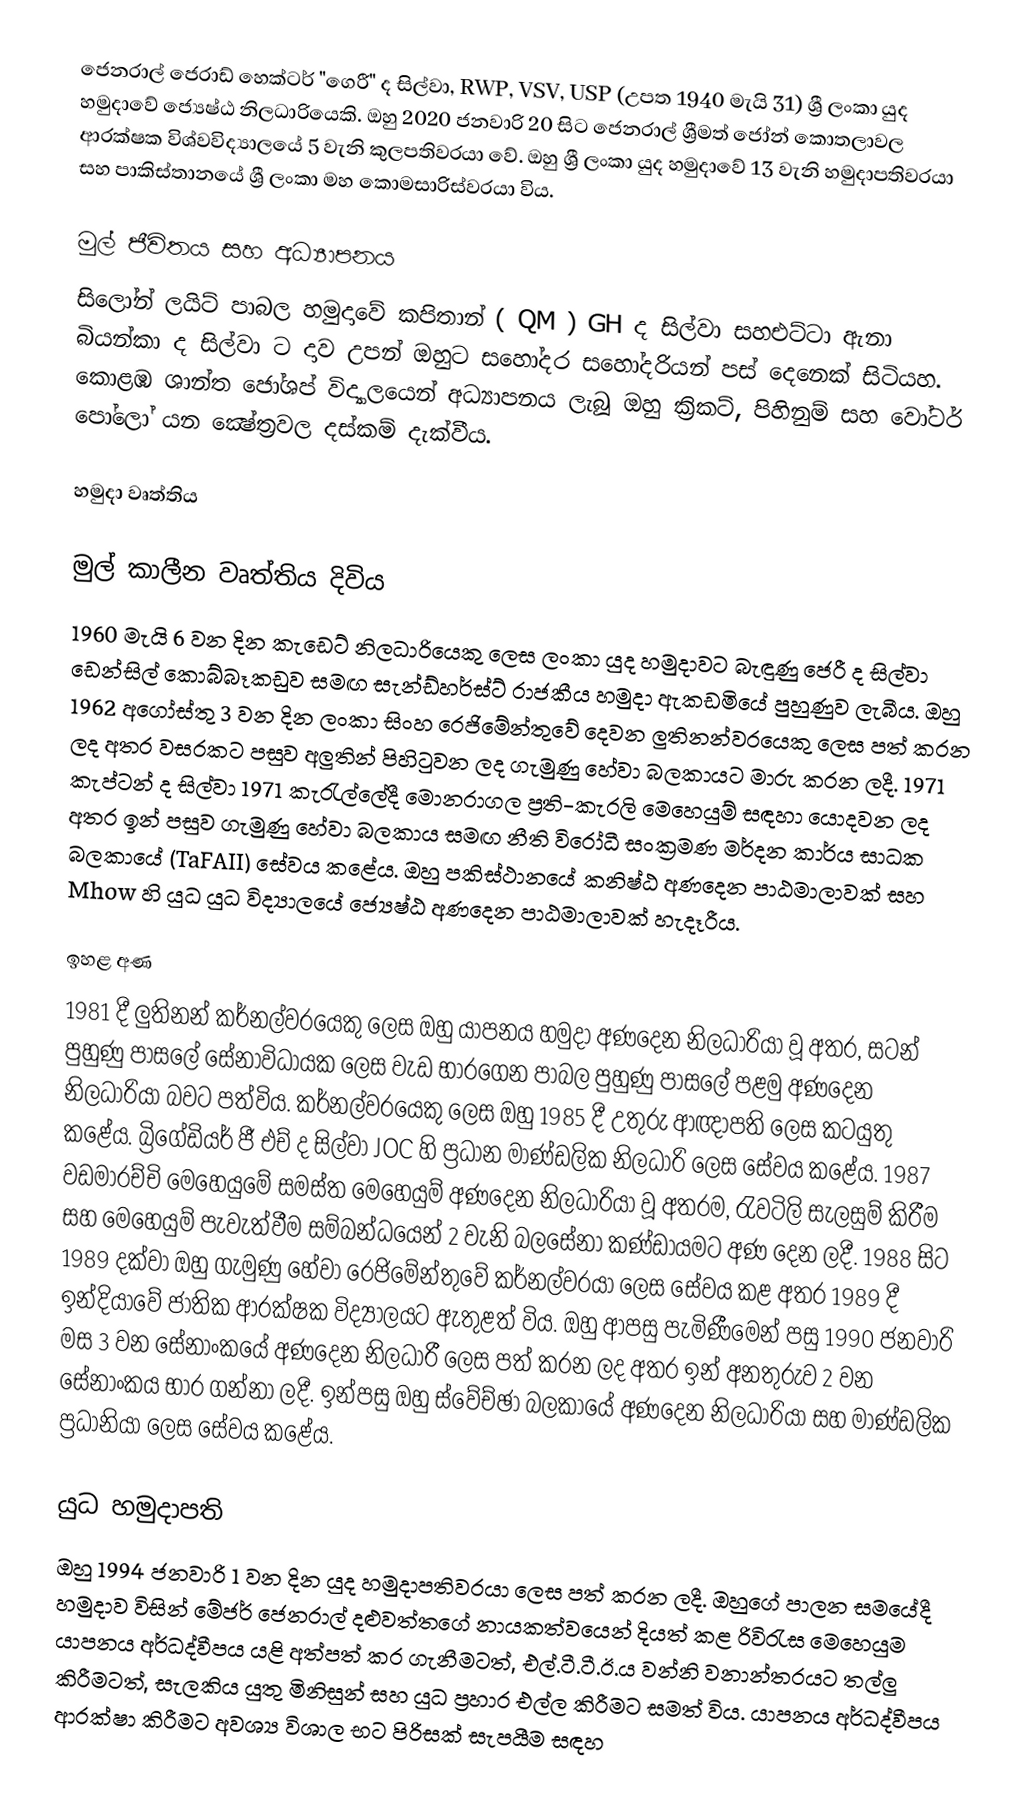
ජෙනරාල් ජෙරාඩ් හෙක්ටර් "ගෙරී" ද සිල්වා, RWP, VSV, USP (උපත 1940 මැයි 31) ශ්‍රී ලංකා යුද හමුදාවේ ජ්‍යෙෂ්ඨ නිලධාරියෙකි. ඔහු 2020 ජනවාරි 20 සිට ජෙනරාල් ශ්‍රීමත් ජෝන් කොතලාවල ආරක්ෂක විශ්වවිද්‍යාලයේ 5 වැනි කුලපතිවරයා වේ. ඔහු ශ්‍රී ලංකා යුද හමුදාවේ 13 වැනි හමුදාපතිවරයා සහ පාකිස්තානයේ ශ්‍රී ලංකා මහ කොමසාරිස්වරයා විය.

මුල් ජීවිතය සහ අධ්‍යාපනය
සිලෝන් ලයිට් පාබල හමුදාවේ කපිතාන් ( QM ) GH ද සිල්වා සහඑට්ටා ඇනා බියන්කා ද සිල්වා ට දාව උපන් ඔහුට සහෝදර සහෝදරියන් පස් දෙනෙක් සිටියහ. කොළඹ ශාන්ත ජෝශප් විද්‍යාලයෙන් අධ්‍යාපනය ලැබූ ඔහු ක්‍රිකට්, පිහිනුම් සහ වෝටර් පෝලෝ යන ක්‍ෂේත්‍රවල දස්කම් දැක්වීය.

හමුදා වෘත්තිය

මුල් කාලීන වෘත්තිය දිවිය
1960 මැයි 6 වන දින කැඩෙට් නිලධාරියෙකු ලෙස ලංකා යුද හමුදාවට බැඳුණු ජෙරී ද සිල්වා ඩෙන්සිල් කොබ්බෑකඩුව සමඟ සැන්ඩ්හර්ස්ට් රාජකීය හමුදා ඇකඩමියේ පුහුණුව ලැබීය. ඔහු 1962 අගෝස්තු 3 වන දින ලංකා සිංහ රෙජිමේන්තුවේ දෙවන ලුතිනන්වරයෙකු ලෙස පත් කරන ලද අතර වසරකට පසුව අලුතින් පිහිටුවන ලද ගැමුණු හේවා බලකායට මාරු කරන ලදී. 1971 කැප්ටන් ද සිල්වා 1971 කැරැල්ලේදී මොනරාගල  ප්‍රති-කැරලි මෙහෙයුම් සඳහා යොදවන ලද අතර ඉන් පසුව ගැමුණු හේවා බලකාය සමඟ නීති විරෝධී සංක්‍රමණ මර්දන කාර්ය සාධක බලකායේ (TaFAII) සේවය කළේය. ඔහු පකිස්ථානයේ කනිෂ්ඨ අණදෙන පාඨමාලාවක් සහ Mhow හි යුධ යුධ විද්‍යාලයේ ජ්‍යෙෂ්ඨ අණදෙන පාඨමාලාවක් හැදෑරීය.

ඉහළ අණ
1981 දී ලුතිනන් කර්නල්වරයෙකු ලෙස ඔහු යාපනය හමුදා අණදෙන නිලධාරියා වූ අතර, සටන් පුහුණු පාසලේ සේනාවිධායක ලෙස වැඩ භාරගෙන පාබල පුහුණු පාසලේ පළමු අණදෙන නිලධාරියා බවට පත්විය. කර්නල්වරයෙකු ලෙස ඔහු 1985 දී උතුරු ආඥාපති ලෙස කටයුතු කළේය. බ්‍රිගේඩියර් ජී එච් ද සිල්වා JOC හි ප්‍රධාන මාණ්ඩලික නිලධාරි ලෙස සේවය කළේය. 1987 වඩමාරච්චි මෙහෙයුමේ සමස්ත මෙහෙයුම් අණදෙන නිලධාරියා වූ අතරම, රැවටිලි සැලසුම් කිරීම සහ මෙහෙයුම් පැවැත්වීම සම්බන්ධයෙන් 2 වැනි බලසේනා කණ්ඩායමට අණ දෙන ලදී. 1988 සිට 1989 දක්වා ඔහු ගැමුණු හේවා රෙජිමේන්තුවේ කර්නල්වරයා ලෙස සේවය කළ අතර 1989 දී ඉන්දියාවේ ජාතික ආරක්ෂක විද්‍යාලයට ඇතුළත් විය. ඔහු ආපසු පැමිණීමෙන් පසු 1990 ජනවාරි මස 3 වන සේනාංකයේ අණදෙන නිලධාරී ලෙස පත් කරන ලද අතර ඉන් අනතුරුව 2 වන සේනාංකය භාර ගන්නා ලදී. ඉන්පසු ඔහු ස්වේච්ඡා බලකායේ අණදෙන නිලධාරියා සහ මාණ්ඩලික ප්‍රධානියා ලෙස සේවය කළේය.

යුධ හමුදාපති
ඔහු 1994 ජනවාරි 1 වන දින යුද හමුදාපතිවරයා ලෙස පත් කරන ලදී. ඔහුගේ පාලන සමයේදී හමුදාව විසින් මේජර් ජෙනරාල් දළුවත්තගේ නායකත්වයෙන් දියත් කළ රිවිරැස මෙහෙයුම යාපනය අර්ධද්වීපය යළි අත්පත් කර ගැනීමටත්, එල්.ටී.ටී.ඊ.ය වන්නි වනාන්තරයට තල්ලු කිරීමටත්, සැලකිය යුතු මිනිසුන් සහ යුධ ප්‍රහාර එල්ල කිරීමට සමත් විය. යාපනය අර්ධද්වීපය ආරක්ෂා කිරීමට අවශ්‍ය විශාල භට පිරිසක් සැපයීම සඳහ